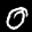
Label: 0